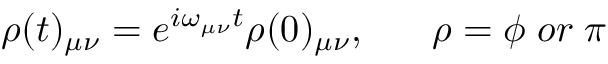
\rho ( t ) _ { \mu \nu } = e ^ { i \omega _ { \mu \nu } t } \rho ( 0 ) _ { \mu \nu } , \; \; \; \; \; \; \rho = \phi \; o r \; \pi